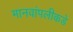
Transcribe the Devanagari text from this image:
मानवांपलीकडे